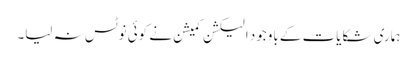
ہماری شکایات کے باوجود الیکشن کمیشن نے کوئی نوٹس نہ لیا۔